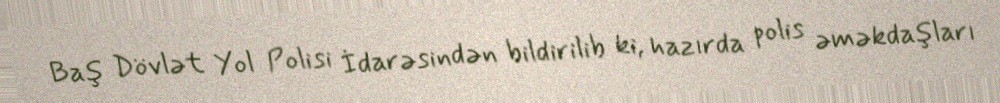
Baş Dövlət Yol Polisi İdarəsindən bildirilib ki, hazırda polis əməkdaşları